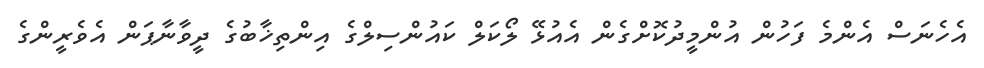
އެހެނަސް އެންމެ ފަހުން އުންމީދުކޮށްގެން އެއުޅޭ ލޯކަލް ކައުންސިލްގެ އިންތިޚާބުގެ ދީވާނާޕަން އެވެރީންގެ